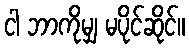
ငါ ဘာကိုမျှ မပိုင်ဆိုင်။